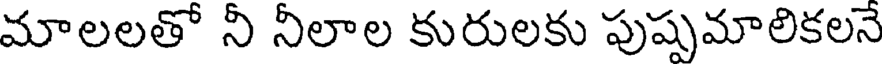
మాలలతో నీ నీలాల కురులకు పుష్పమాలికలనే